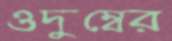
ওদুম্বের